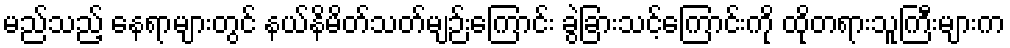
မည်သည့် နေရာများတွင် နယ်နိမိတ်သတ်မျဉ်းကြောင်း ခွဲခြားသင့်ကြောင်းကို ထိုတရားသူကြီးများက